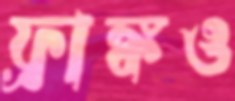
ফ্রাঙ্কও